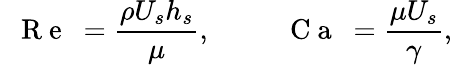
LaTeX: \mathrm{~\textit~{~R~e~}~}=\frac{\rho U_{s}h_{s}}{\mu},\qquad\mathrm{~\textit~{~C~a~}~}=\frac{\mu U_{s}}{\gamma},